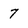
Character: 7